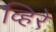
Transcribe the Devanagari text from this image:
व्हिरे